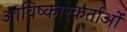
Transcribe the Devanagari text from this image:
आविष्कारकर्ताओं